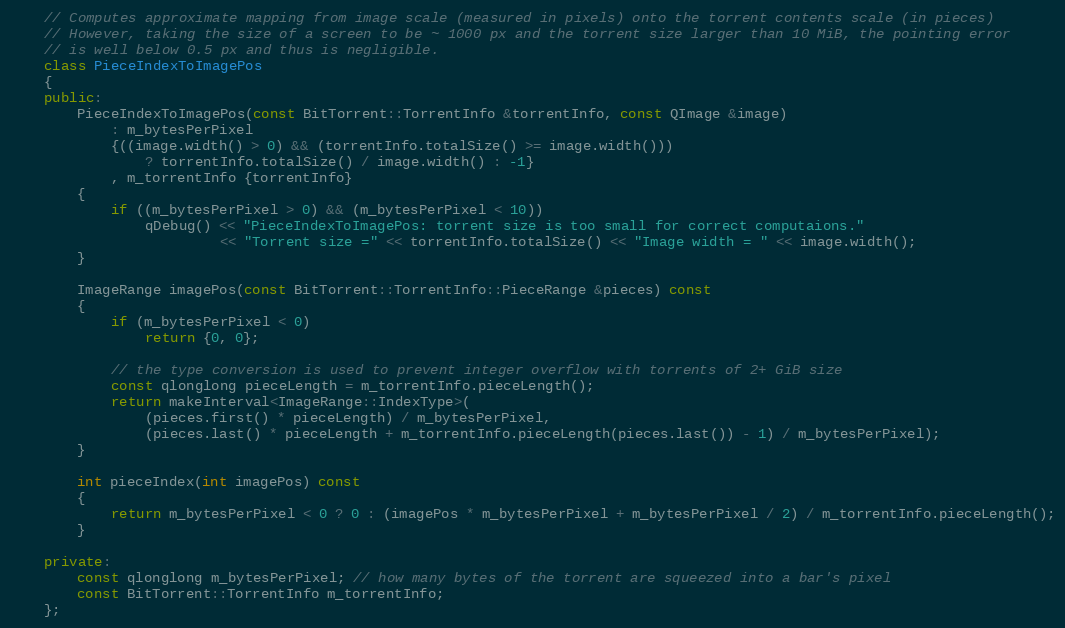
Language: C++
    // Computes approximate mapping from image scale (measured in pixels) onto the torrent contents scale (in pieces)
    // However, taking the size of a screen to be ~ 1000 px and the torrent size larger than 10 MiB, the pointing error
    // is well below 0.5 px and thus is negligible.
    class PieceIndexToImagePos
    {
    public:
        PieceIndexToImagePos(const BitTorrent::TorrentInfo &torrentInfo, const QImage &image)
            : m_bytesPerPixel
            {((image.width() > 0) && (torrentInfo.totalSize() >= image.width()))
                ? torrentInfo.totalSize() / image.width() : -1}
            , m_torrentInfo {torrentInfo}
        {
            if ((m_bytesPerPixel > 0) && (m_bytesPerPixel < 10))
                qDebug() << "PieceIndexToImagePos: torrent size is too small for correct computaions."
                         << "Torrent size =" << torrentInfo.totalSize() << "Image width = " << image.width();
        }

        ImageRange imagePos(const BitTorrent::TorrentInfo::PieceRange &pieces) const
        {
            if (m_bytesPerPixel < 0)
                return {0, 0};

            // the type conversion is used to prevent integer overflow with torrents of 2+ GiB size
            const qlonglong pieceLength = m_torrentInfo.pieceLength();
            return makeInterval<ImageRange::IndexType>(
                (pieces.first() * pieceLength) / m_bytesPerPixel,
                (pieces.last() * pieceLength + m_torrentInfo.pieceLength(pieces.last()) - 1) / m_bytesPerPixel);
        }

        int pieceIndex(int imagePos) const
        {
            return m_bytesPerPixel < 0 ? 0 : (imagePos * m_bytesPerPixel + m_bytesPerPixel / 2) / m_torrentInfo.pieceLength();
        }

    private:
        const qlonglong m_bytesPerPixel; // how many bytes of the torrent are squeezed into a bar's pixel
        const BitTorrent::TorrentInfo m_torrentInfo;
    };